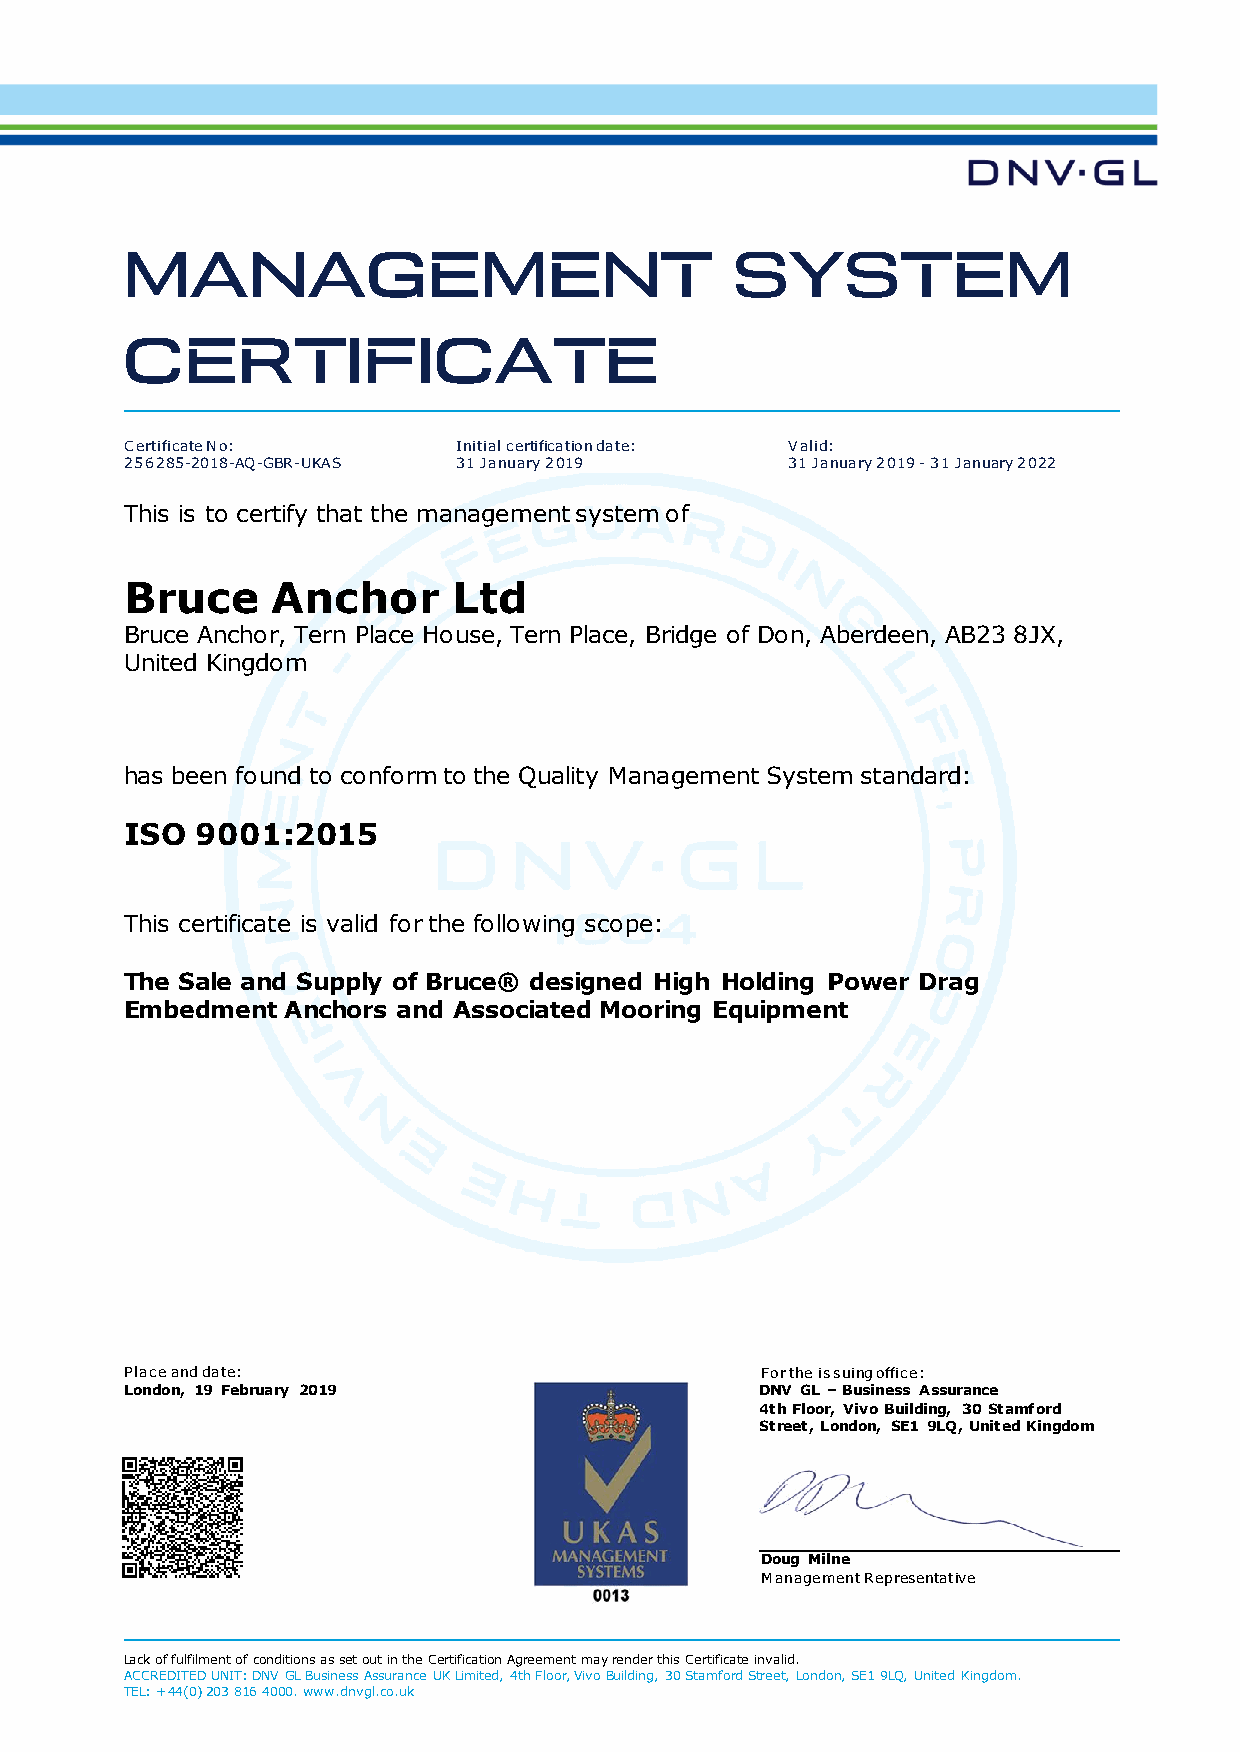
Certificate No:       Initial certification date: Valid:
 256285-2018-AQ-GBR-UKAS 31 January 2019     31 January 2019 - 31 January 2022
 This is to certify that the management system of
 Bruce     Anchor      Ltd
 Bruce Anchor, Tern Place House, Tern Place, Bridge of Don, Aberdeen, AB23 8JX,
 United Kingdom
 has been found to conform to the Quality Management System standard:
 ISO  9001:2015
 This certificate is valid for the following scope:
 The Sale and Supply of Bruce® designed High Holding Power Drag
 Embedment  Anchors and Associated Mooring Equipment
 Place and date:                           For the issuing office:
 London, 19 February 2019                  DNV GL – Business Assurance
 4th Floor, Vivo Building, 30 Stamford
 Street, London, SE1 9LQ, United Kingdom
 Doug Milne
 Management Representative
 Lack of fulfilment of conditions as set out in the Certification Agreement may render this Certificate invalid.
 ACCREDITED UNIT: DNV GL Business Assurance UK Limited, 4th Floor, Vivo Building, 30 Stamford Street, London, SE1 9LQ, United Kingdom.
 TEL: +44(0) 203 816 4000. www.dnvgl.co.uk